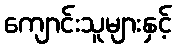
ကျောင်းသူများနှင့်